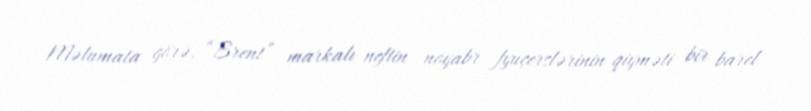
Məlumata görə, “Brent” markalı neftin noyabr fyuçerslərinin qiyməti bir barel